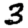
Digit: 3